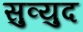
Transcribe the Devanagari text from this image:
सुव्युद